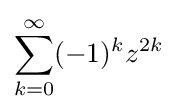
\sum _{k=0}^{\infty }(-1)^{k}z^{2k}